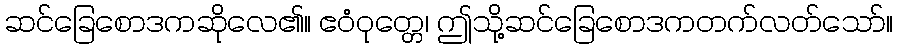
ဆင်ခြေစောဒကဆိုလေ၏။ ဧဝံဝုတ္တေ၊ ဤသို့ဆင်ခြေစောဒကတက်လတ်သော်။